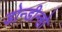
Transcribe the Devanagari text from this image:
डोन्डीन्हो